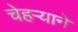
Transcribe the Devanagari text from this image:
चेहऱ्याने